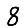
Digit: 8